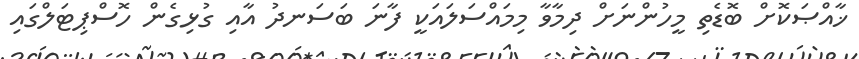
ޚާއްޞަކޮށް ބޮޑެތި މީހުންނަށް ދިމާވާ މިމައްސަލައަކީ ފާނަ ބަސަނދު އާއި ގުޅިގެން ހޮސްޕިޓަލްގައި